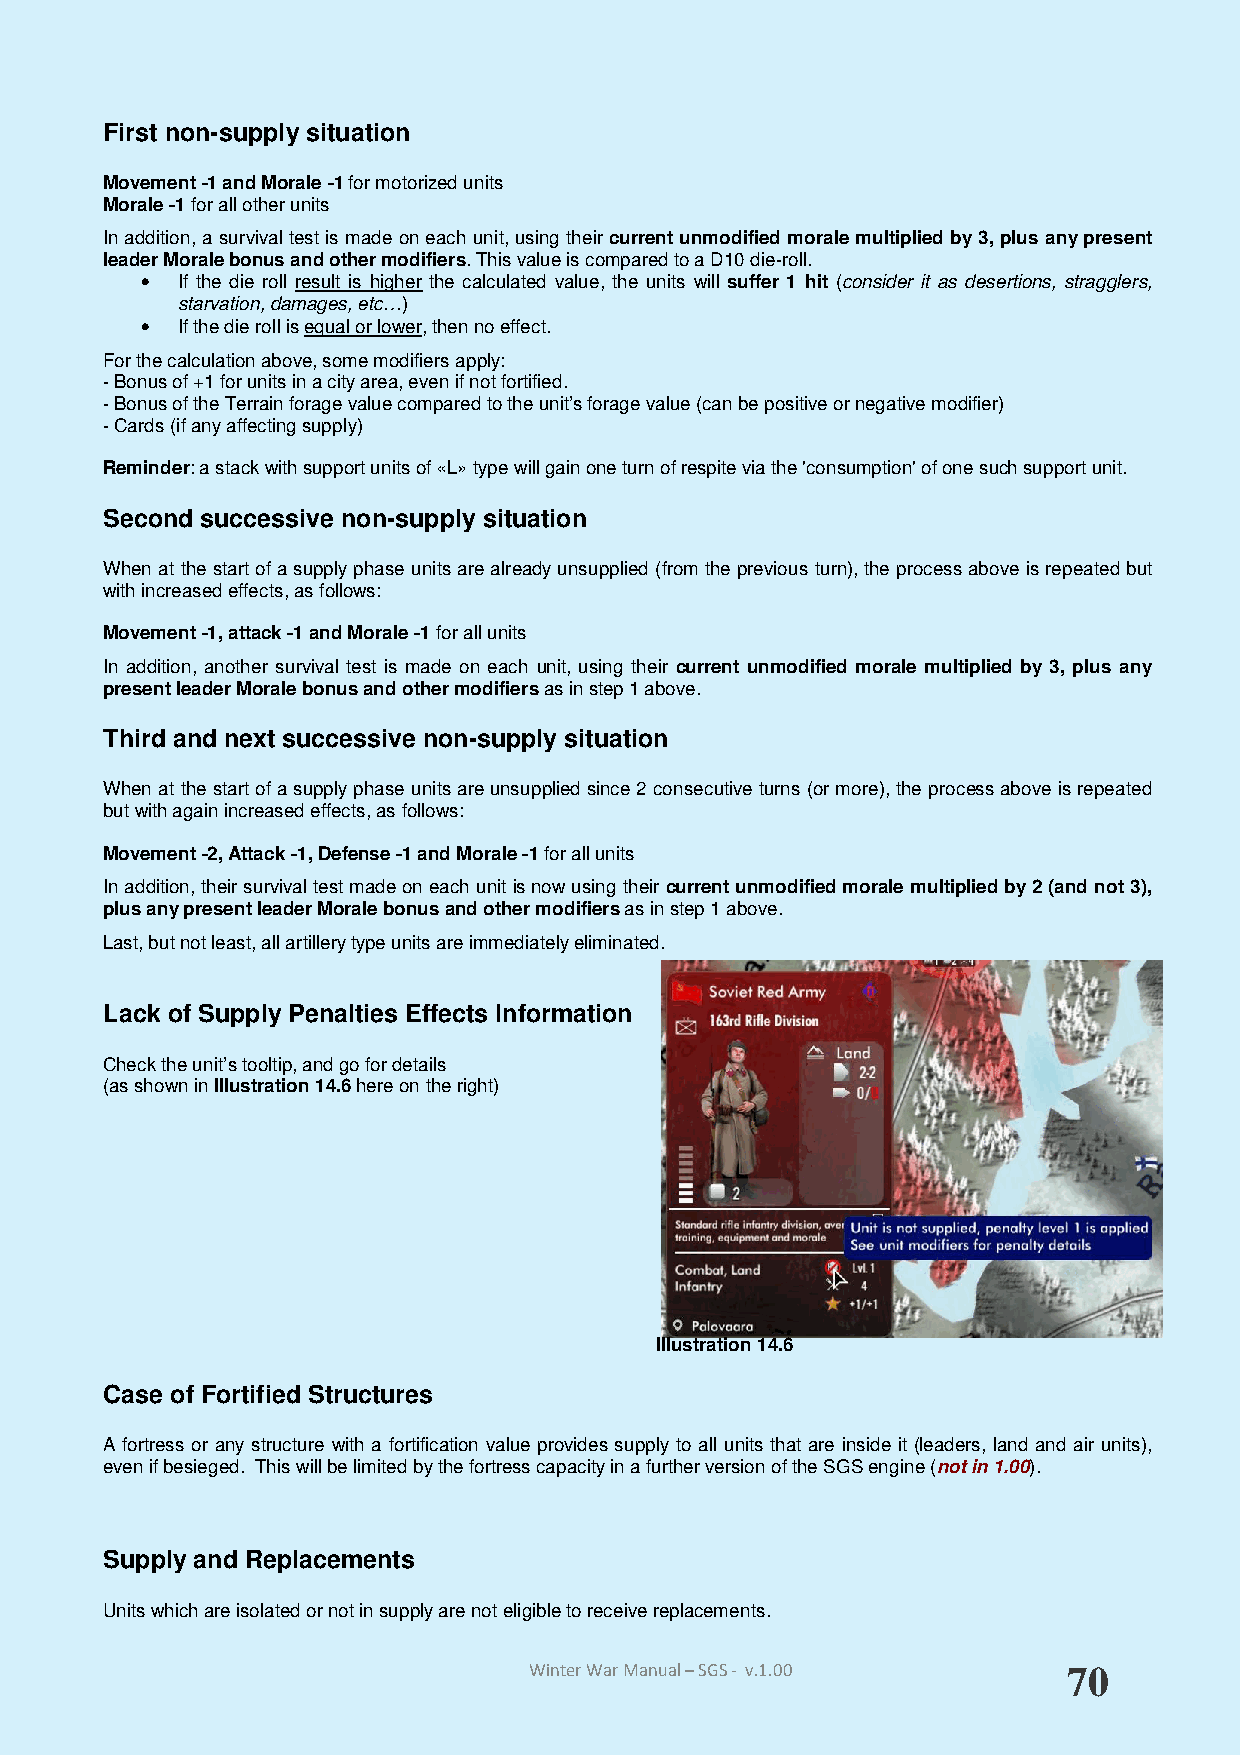
First non-supply situation
 Movement -1 and Morale -1 for motorized units
 Morale -1 for all other units
 In addition, a survival test is made on each unit, using their current unmodified morale multiplied by 3, plus any present
 leader Morale bonus and other modifiers. This value is compared to a D10 die-roll.
 •  If the die roll result is higher the calculated value, the units will suffer 1 hit (consider it as desertions, stragglers,
 starvation, damages, etc…)
 •  If the die roll is equal or lower, then no effect.
 For the calculation above, some modifiers apply:
 - Bonus of +1 for units in a city area, even if not fortified.
 - Bonus of the Terrain forage value compared to the unit’s forage value (can be positive or negative modifier)
 - Cards (if any affecting supply)
 Reminder: a stack with support units of «L» type will gain one turn of respite via the 'consumption' of one such support unit.
 Second successive non-supply situation
 When at the start of a supply phase units are already unsupplied (from the previous turn), the process above is repeated but
 with increased effects, as follows:
 Movement -1, attack -1 and Morale -1 for all units
 In addition, another survival test is made on each unit, using their current unmodified morale multiplied by 3, plus any
 present leader Morale bonus and other modifiers as in step 1 above.
 Third and next successive non-supply situation
 When at the start of a supply phase units are unsupplied since 2 consecutive turns (or more), the process above is repeated
 but with again increased effects, as follows:
 Movement -2, Attack -1, Defense -1 and Morale -1 for all units
 In addition, their survival test made on each unit is now using their current unmodified morale multiplied by 2 (and not 3),
 plus any present leader Morale bonus and other modifiers as in step 1 above.
 Last, but not least, all artillery type units are immediately eliminated.
 Lack of Supply Penalties Effects Information
 Check the unit’s tooltip, and go for details
 (as shown in Illustration 14.6 here on the right)
 Illustration 14.6
 Case of Fortified Structures
 A fortress or any structure with a fortification value provides supply to all units that are inside it (leaders, land and air units),
 even if besieged. This will be limited by the fortress capacity in a further version of the SGS engine (not in 1.00).
 Supply and Replacements
 Units which are isolated or not in supply are not eligible to receive replacements.
 Winter War Manual – SGS - v.1.00    70